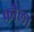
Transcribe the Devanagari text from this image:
फौला